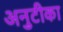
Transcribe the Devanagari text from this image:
अनुटीका